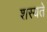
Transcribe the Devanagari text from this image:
शस्यते